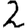
Digit: 2